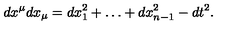
d x ^ { \mu } d x _ { \mu } = d x _ { 1 } ^ { 2 } + \ldots + d x _ { n - 1 } ^ { 2 } - d t ^ { 2 } .